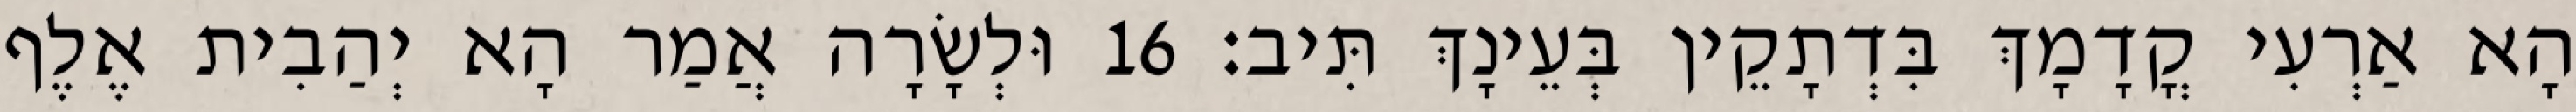
הָא אַרְעִי קֳדָמָךְ בִּדְתָקֵין בְּעֵינָךְ תִּיב׃ 16 וּלְשָׂרָה אֲמַר הָא יְהַבִית אֶלֶף